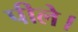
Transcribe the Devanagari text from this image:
पीले।